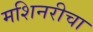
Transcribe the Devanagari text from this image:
मशिनरीचा